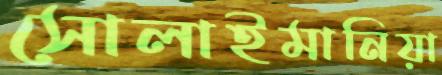
সোলাইমানিয়া